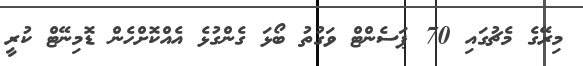
މިރޭގެ މެޗުގައި 70 ޕަސެންޓް ވަގުތު ބޯޅަ ގެންގުޅެ އެއްކޮށްހެން ޑޮމިނޭޓް ކުރީ